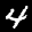
Label: 4